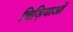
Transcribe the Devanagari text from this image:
चिड़ियाओं